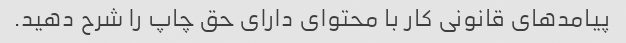
پیامدهای قانونی کار با محتوای دارای حق چاپ را شرح دهید.